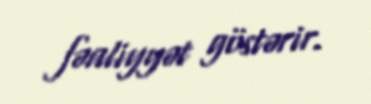
fəaliyyət göstərir.